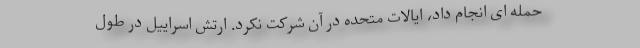
حمله ای انجام داد، ایالات متحده در آن شرکت نکرد. ارتش اسراییل در طول